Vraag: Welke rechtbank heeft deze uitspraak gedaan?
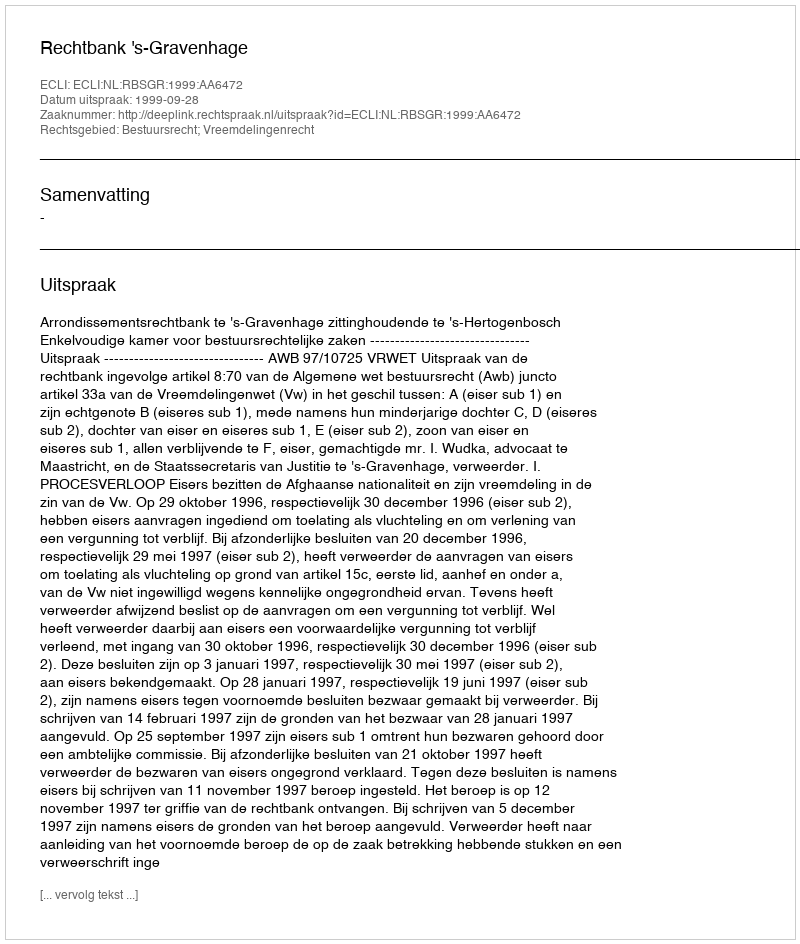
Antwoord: Rechtbank 's-Gravenhage